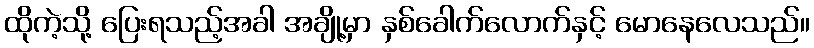
ထိုကဲ့သို့ ပြေးရသည့်အခါ အချို့မှာ နှစ်ခေါက်လောက်နှင့် မောနေလေသည်။